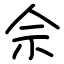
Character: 佘